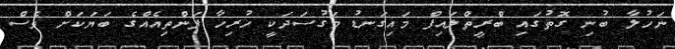
ނަހުލާ ބުނި ގޮތުގައި ބްރީތްލައިފް މައިގަނޑު މަގުސަދަކީ ހުރިހާ ފަންތިއެއްގެ ބަޔަކަށް ވެސް